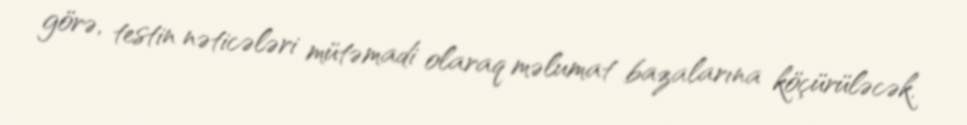
görə, testin nəticələri mütəmadi olaraq məlumat bazalarına köçürüləcək.